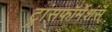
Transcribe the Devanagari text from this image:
ट्रांसफॉर्मेशंस